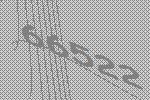
66522